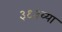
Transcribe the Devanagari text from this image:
३९३व्या